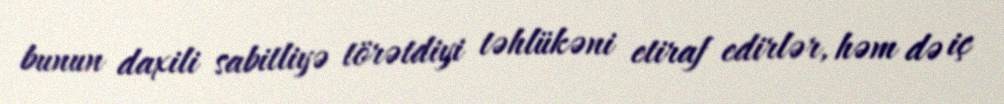
bunun daxili sabitliyə törətdiyi təhlükəni etiraf edirlər, həm də iç